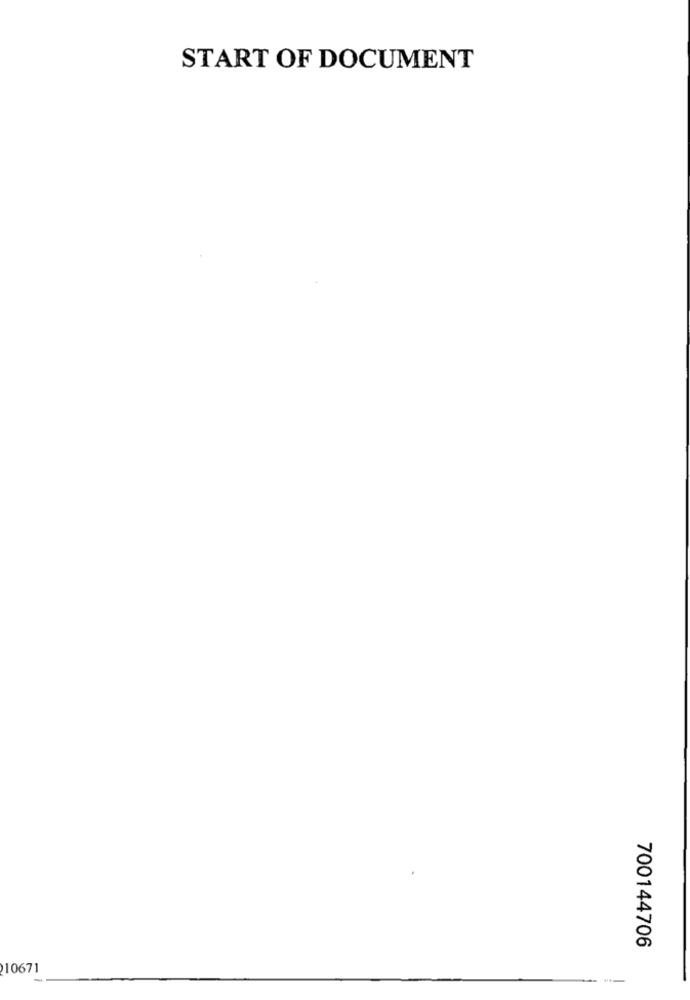
START OF DOCUMENT
700144706
10671